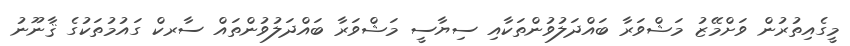
މީގެއިތުރުން ވަށްމޭޒު މަޝްވަރާ ބައްދަލުވުންތަކާއި ސިޔާސީ މަޝްވަރާ ބައްދަލުވުންތައް ސާރކް ގައުމުތަކުގެ ޤާނޫނު